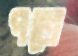
পতে